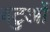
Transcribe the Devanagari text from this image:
बटुओं